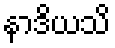
နာဒိယသိ